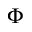
\Phi